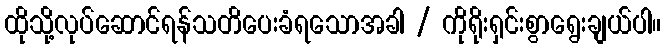
ထိုသို့လုပ်ဆောင်ရန်သတိပေးခံရသောအခါ / ကိုရိုးရှင်းစွာရွေးချယ်ပါ။